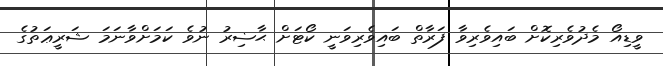
ވީޑިއޯ މެދުވެރިކޮށް ބައިވެރިވާ ފަރާތް ބައިވެރިވަނީ ކޯޓަށް ޙާޟިރު ނުވެ ކަމަށްވާނަމަ ޝަރީޢަތުގެ